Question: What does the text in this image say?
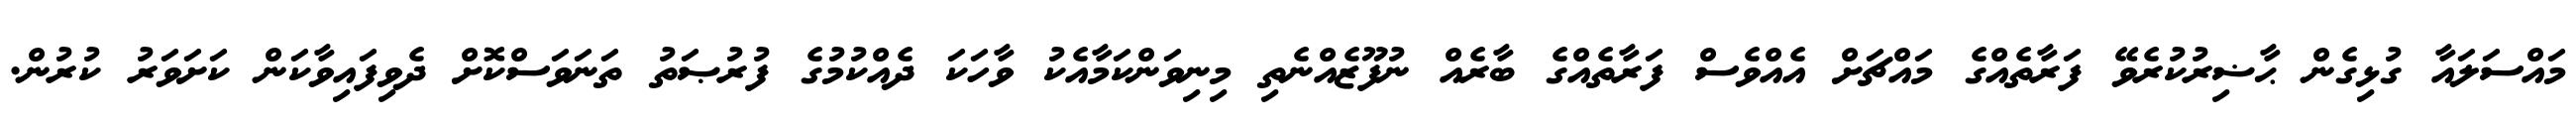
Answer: މައްސަލައާ ގުޅިގެން ޙާޟިރުކުރެވޭ ފަރާތެއްގެ މައްޗަށް އެއްވެސް ފަރާތެއްގެ ބާރެއް ނުފޫޒެއްނެތި މިނިވަންކަމާއެކު ވާހަކަ ދެއްކުމުގެ ފުރުޞަތު ތަނަވަސްކޮށް ދެވިފައިވާކަން ކަށަވަރު ކުރުން.